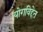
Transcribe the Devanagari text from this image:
योगविद्देत